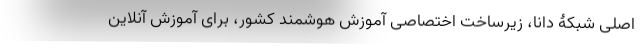
اصلی شبکۀ دانا، زیرساخت اختصاصی آموزش هوشمند کشور، برای آموزش آنلاین